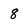
Character: 8